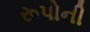
રૂપોની